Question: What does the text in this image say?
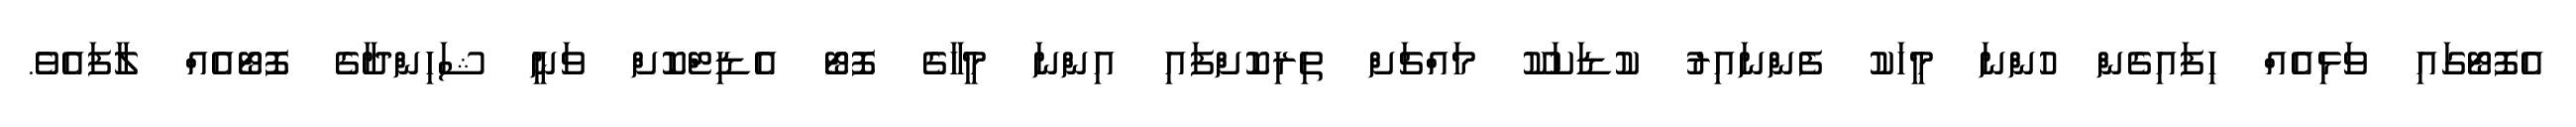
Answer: އެފޮޓޯގައި ވަޅިއެއް ހިފައިގެން ހުންނަ މީހަކު ފެންނައިރު ކުޑަކަކޫ މައްޗަށް ތިރިކޮށްފައި އިންނަ މީހާގެ ފޮޓޯ އެޑިޓްކޮށް ވަނީ ޝަހިންދާގެ ފޮޓޯއެއް ލާފައެވެ.